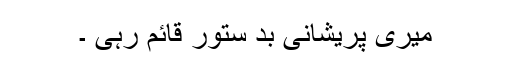
میری پریشانی بد ستور قائم رہی ۔